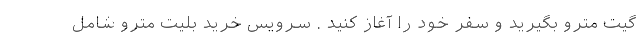
گیت مترو بگیرید و سفر خود را آغاز کنید . سرویس خرید بلیت مترو شامل